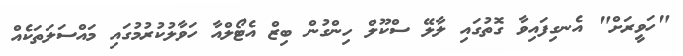
"ހަވީރަށް" އެނގިފައިވާ ގޮތުގައި ލާލޭ ސްކޫލް ހިންގުން ބިޒް އެޓޯލްއާ ހަވާލުކުރުމުގައި މައްސަލަތަކެއް